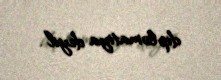
diplomatiya deyil”.